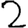
Digit: 2